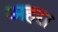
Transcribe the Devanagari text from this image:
अहरा